Document type: Sale
Year: 1235
Scribe: Pere de Bages
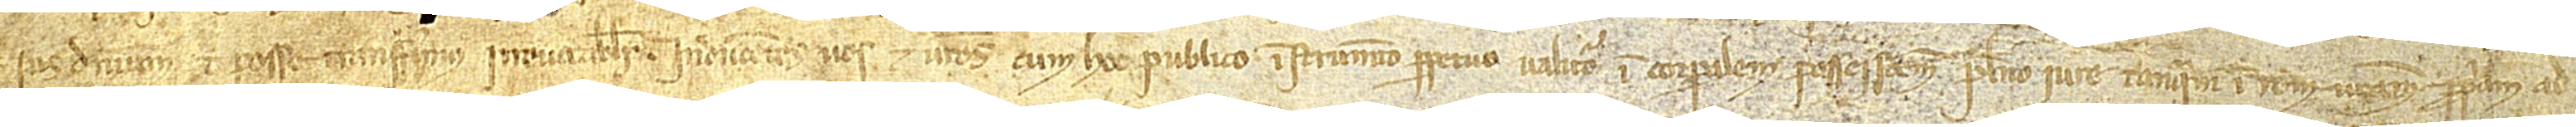
ius, dominium et posse transferimus irrevocabiliter. Inducentes vos et vestros cum hoc publico instrumento perpetuo valituro in corporalem possessionem pleno iure tanquam in rem vestram propriam, ad